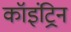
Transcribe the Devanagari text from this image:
कॉइंट्रिन